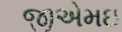
જીએમઇ